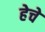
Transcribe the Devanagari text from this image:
हेचे